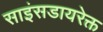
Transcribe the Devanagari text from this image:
साइंसडायरेक्त